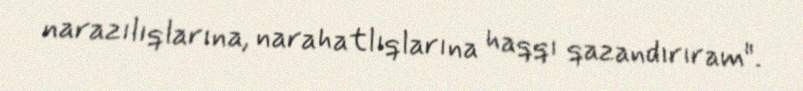
narazılıqlarına, narahatlıqlarına haqqı qazandırıram".